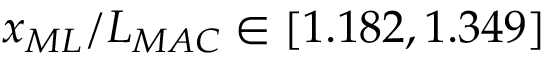
x _ { M L } / L _ { M A C } \in [ 1 . 1 8 2 , 1 . 3 4 9 ]